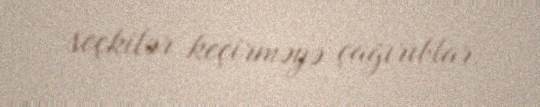
seçkilər keçirməyə çağırıblar.